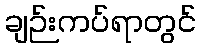
ချဉ်းကပ်ရာတွင်